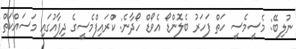
ނުލިބޭ: މެސީމެސީ ހަތް ފަހަރު ބެލޮންޑޯ އެވޯޑް ހޯދާނެ: ކްރައިފްމެސީގެ ދިފާއުގައި މަސައްކަތް